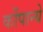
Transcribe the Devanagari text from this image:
कोंपान्ये